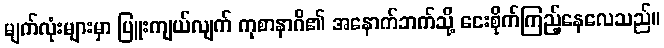
မျက်လုံးများမှာ ပြူးကျယ်လျက် ကုစာနာဂိ၏ အနောက်ဘက်သို့ ငေးစိုက်ကြည့်နေလေသည်။